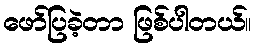
ဖော်ပြခဲ့တာ ဖြစ်ပါတယ်။